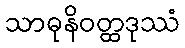
သာဓုနိဝတ္ထဒုဿံ